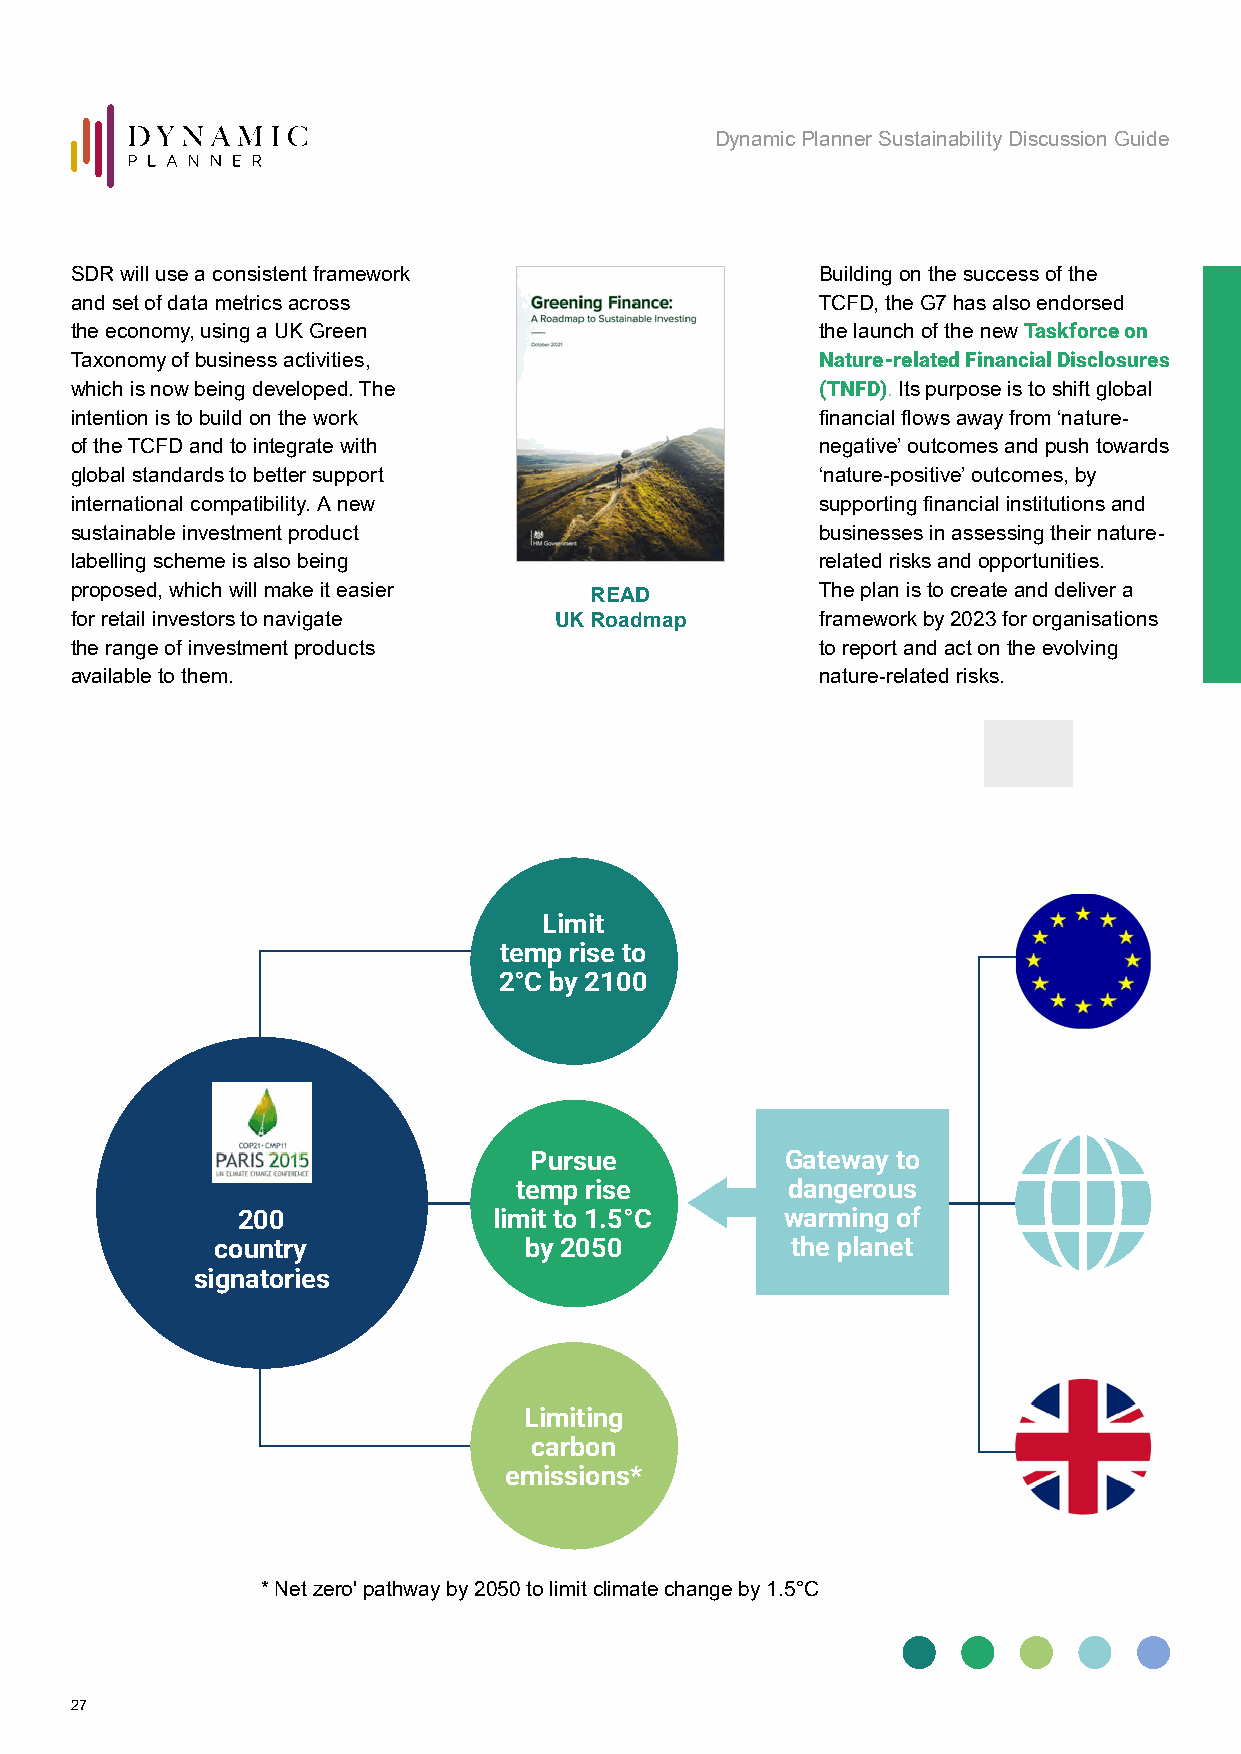
Dynamic Planner Sustainability Discussion Guide
 SDR will use a consistent framework              Building on the success of the
 and set of data metrics across                   TCFD, the G7 has also endorsed
 the economy, using a UK Green                    the launch of the new Taskforce on
 Taxonomy of business activities,                 Nature-related Financial Disclosures
 which is now being developed. The                (TNFD). Its purpose is to shift global
 intention is to build on the work                financial flows away from ‘nature-
 of the TCFD and to integrate with                negative’ outcomes and push towards
 global standards to better support               ‘nature-positive’ outcomes, by
 international compatibility. A new               supporting financial institutions and
 sustainable investment product                   businesses in assessing their nature-
 labelling scheme is also being                   related risks and opportunities.
 proposed, which will make it easier READ         The plan is to create and deliver a
 for retail investors to navigate UK Roadmap      framework by 2023 for organisations
 the range of investment products                 to report and act on the evolving
 available to them.                               nature-related risks.
 Limit
 temp rise to
 2°C by 2100
 Pursue           Gateway to
 temp rise         dangerous
 200              limit to 1.5°C     warming of
 country              by 2050          the planet
 signatories
 Limiting
 carbon
 emissions*
 * Net zero' pathway by 2050 to limit climate change by 1.5°C
 27